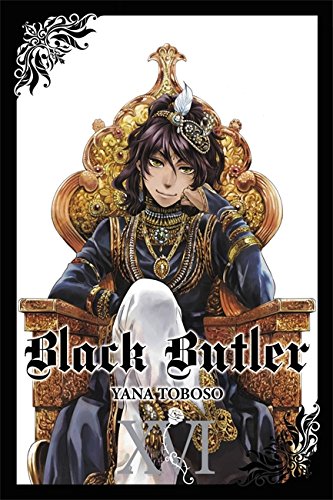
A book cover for Black Butler, Vol. 16; Comics & Graphic Novels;